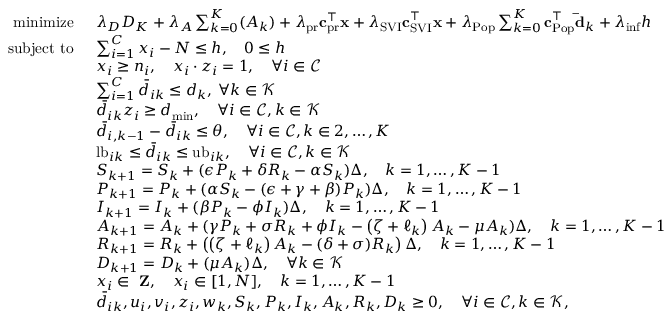
\begin{array} { r l } { \mathrm { m i n i m i z e } \: \: } & { \lambda _ { D } D _ { K } + \lambda _ { A } \sum _ { k = 0 } ^ { K } ( A _ { k } ) + \lambda _ { \mathrm { p r } } \mathbf { c } _ { \mathrm { p r } } ^ { \top } \mathbf { x } + \lambda _ { \mathrm { S V I } } \mathbf { c } _ { \mathrm { S V I } } ^ { \top } \mathbf { x } + \lambda _ { \mathrm { P o p } } \sum _ { k = 0 } ^ { K } \mathbf { c } _ { \mathrm { P o p } } ^ { \top } \mathbf { \bar { d } } _ { k } + \lambda _ { \mathrm { i n f } } h } \\ { \mathrm { s u b j e c t ~ t o } \: \: } & { \sum _ { i = 1 } ^ { C } x _ { i } - N \leq h , \quad 0 \le h } \\ & { x _ { i } \geq n _ { i } , \quad x _ { i } \cdot z _ { i } = 1 , \quad \forall i \in \mathcal { C } } \\ & { \sum _ { i = 1 } ^ { C } \bar { d } _ { i k } \leq d _ { k } , \: \forall k \in \mathcal { K } } \\ & { \bar { d } _ { i k } z _ { i } \geq d _ { \mathrm { m i n } } , \quad \forall i \in \mathcal { C } , k \in \mathcal { K } } \\ & { \bar { d } _ { i , k - 1 } - \bar { d } _ { i k } \leq \theta , \quad \forall i \in \mathcal { C } , k \in 2 , \dots , K } \\ & { \mathrm { l b } _ { i k } \leq \bar { d } _ { i k } \leq \mathrm { u b } _ { i k } , \quad \forall i \in \mathcal { C } , k \in \mathcal { K } } \\ & { S _ { k + 1 } = S _ { k } + ( \epsilon P _ { k } + \delta R _ { k } - \alpha S _ { k } ) \Delta , \quad k = 1 , \dots , K - 1 } \\ & { P _ { k + 1 } = P _ { k } + ( \alpha S _ { k } - ( \epsilon + \gamma + \beta ) P _ { k } ) \Delta , \quad k = 1 , \dots , K - 1 } \\ & { I _ { k + 1 } = I _ { k } + ( \beta P _ { k } - \phi I _ { k } ) \Delta , \quad k = 1 , \dots , K - 1 } \\ & { A _ { k + 1 } = A _ { k } + ( \gamma P _ { k } + \sigma R _ { k } + \phi I _ { k } - \left( \zeta + \ell _ { k } \right) A _ { k } - \mu A _ { k } ) \Delta , \quad k = 1 , \dots , K - 1 } \\ & { R _ { k + 1 } = R _ { k } + \left( \left( \zeta + \ell _ { k } \right) A _ { k } - ( \delta + \sigma ) R _ { k } \right) \Delta , \quad k = 1 , \dots , K - 1 } \\ & { D _ { k + 1 } = D _ { k } + ( \mu A _ { k } ) \Delta , \quad \forall k \in \mathcal { K } } \\ & { x _ { i } \in { \mathrm { \bf ~ Z } } , \quad x _ { i } \in [ 1 , N ] , \quad k = 1 , \dots , K - 1 } \\ & { \bar { d } _ { i k } , u _ { i } , v _ { i } , z _ { i } , w _ { k } , S _ { k } , P _ { k } , I _ { k } , A _ { k } , R _ { k } , D _ { k } \geq 0 , \quad \forall i \in \mathcal { C } , k \in \mathcal { K } , } \end{array}